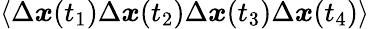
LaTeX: \left\langle\Delta\boldsymbol{x}(t_{1})\Delta\boldsymbol{x}(t_{2})\Delta\boldsymbol{x}(t_{3})\Delta\boldsymbol{x}(t_{4})\right\rangle